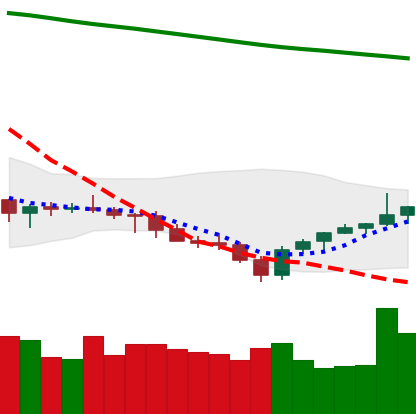
Ticker: LTC-USD
Chart end date: 2021-07-27
Forward return: 4.544%
Label: up_3_5